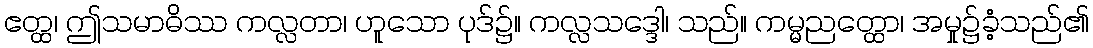
ဧတ္ထ၊ ဤသမာဓိဿ ကလ္လတာ၊ ဟူသော ပုဒ်၌။ ကလ္လသဒ္ဒေါ၊ သည်။ ကမ္မညတ္ထော၊ အမှု၌ခံ့သည်၏